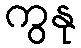
ကွနု